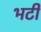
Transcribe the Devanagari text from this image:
भटी